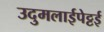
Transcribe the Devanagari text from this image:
उदुमलाईपेट्टई